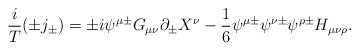
\begin{align*}\frac{i}{T}(\pm j_{\pm })=\pm i\psi ^{\mu \pm }G_{\mu \nu }\partial _{\pm}X^{\nu }-\frac{1}{6}\psi ^{\mu \pm }\psi ^{\nu \pm }\psi ^{\rho \pm }H_{\mu\nu \rho }. \end{align*}